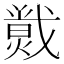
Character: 𱬛